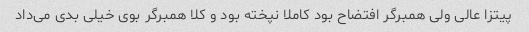
پیتزا عالی ولی همبرگر افتضاح بود کاملا نپخته بود و کلا همبرگر بوی خیلی بدی می‌داد